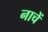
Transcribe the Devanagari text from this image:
नाचें